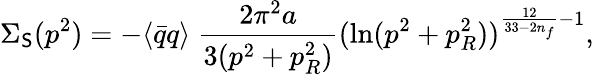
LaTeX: \Sigma_{\mathsf{S}}(p^{2})=-\langle{\bar{{q}}}q\rangle~\frac{{2\pi^{2}a}}{{3(p^{2}+p_{R}^{2})}}(\ln(p^{2}+p_{R}^{2}))^{\frac{{12}}{{33-2n_{f}}}-1},